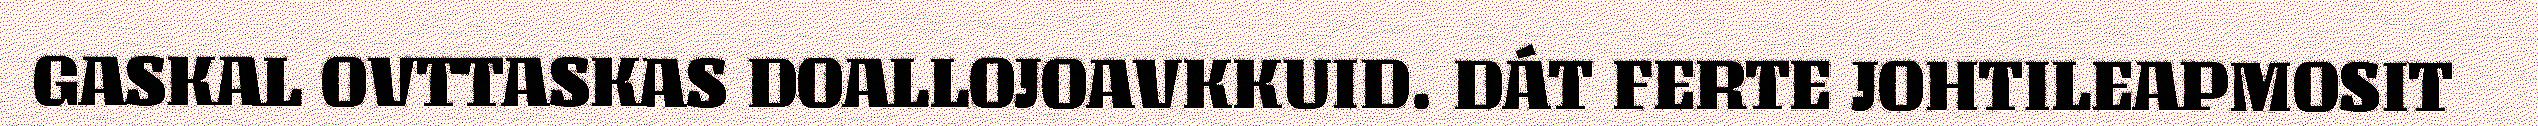
GASKAL OVTTASKAS DOALLOJOAVKKUID. DÁT FERTE JOHTILEAPMOSIT